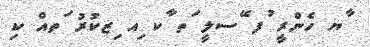
ާޔ ހެންރީ ުފ ޭސލީ ަތ ާކ ިއ ިޒކުރު ަތއް ކި